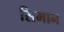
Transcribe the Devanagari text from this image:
सिमान